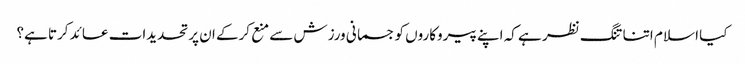
کیا اسلا م اتنا تنگ نظر ہے کہ اپنے پیروکاروں کو جسمانی ورزش سے منع کرکے ان پر تحدیدات عائد کرتا ہے؟